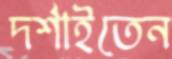
দর্শাইতেন